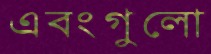
এবংগুলো